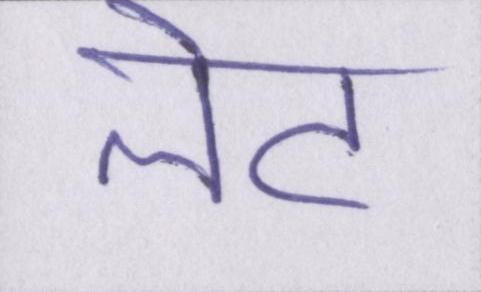
लेट